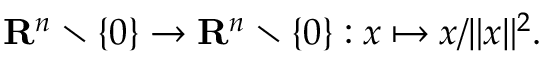
\mathbf { R } ^ { n } \setminus \{ 0 \} \to \mathbf { R } ^ { n } \setminus \{ 0 \} : x \mapsto x / \| x \| ^ { 2 } .